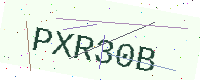
Text: PXR30B